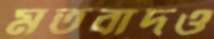
মতবাদও